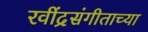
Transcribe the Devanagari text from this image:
रवींद्रसंगीताच्या